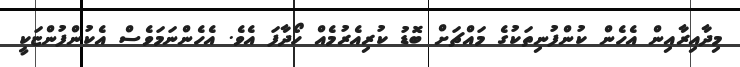
މިދާއިރާއިން އެހެން ކުންފުނިތަކުގެ މައްޗަށް ބޮޑު ކުރިއެރުމެއް ހޯދާފަ އެވެ. އެހެންނަމަވެސް އެކުންފުންޏަކީ